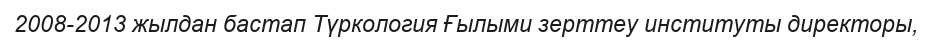
2008-2013 жылдан бастап Түркология Ғылыми зерттеу институты директоры,